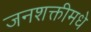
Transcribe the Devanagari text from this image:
जनशक्तीमधे